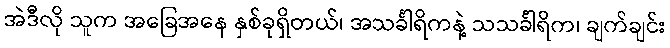
အဲဒီလို သူက အခြေအနေ နှစ်ခုရှိတယ်၊ အသင်္ခါရိကနဲ့ သသင်္ခါရိက၊ ချက်ချင်း